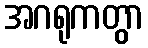
အဂရုကတွာ